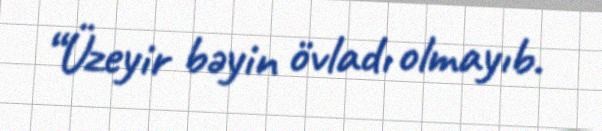
“Üzeyir bəyin övladı olmayıb.